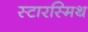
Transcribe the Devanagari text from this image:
स्टारस्मिथ